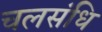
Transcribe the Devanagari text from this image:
चलसंधि